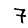
Digit: 7